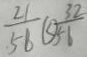
\frac { 2 1 } { 5 6 } \textcircled { < } \frac { 3 2 } { 5 6 }